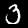
Digit: 3